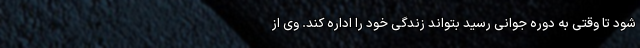
شود تا وقتی به دوره جوانی رسید بتواند زندگی خود را اداره کند. وی از